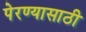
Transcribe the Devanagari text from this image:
पेरण्यासाठी